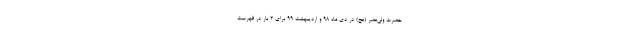
حضرت ولی‌عصر (عج) در دی ماه ۹۸ و اردیبهشت ۹۹ برای ۲ بار در فهرست